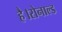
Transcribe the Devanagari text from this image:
है।रोनाल्ड